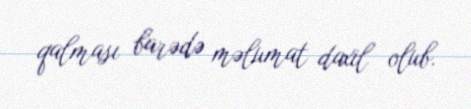
qalması barədə məlumat daxil olub.